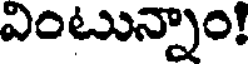
ఎంటున్నాం!